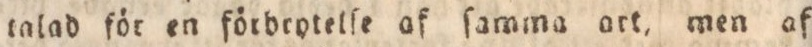
talad för en förbrytelle af ſamma ort, men af